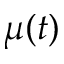
\mu ( t )